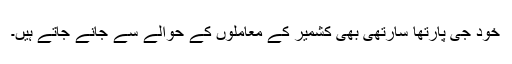
خود جی پارتھا سارتھی بھی کشمیر کے معاملوں کے حوالے سے جانے جاتے ہیں۔